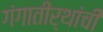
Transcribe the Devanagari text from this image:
गंगातीर्थांची